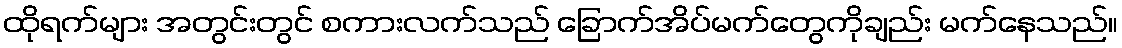
ထိုရက်များ အတွင်းတွင် စကားလက်သည် ခြောက်အိပ်မက်တွေကိုချည်း မက်နေသည်။